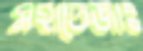
মহাতেজাঃ